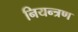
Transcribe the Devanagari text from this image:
नियन्‍त्रण